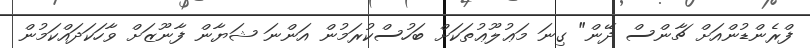
ފްރެންޑުންއަށް ޗާންސް ދޭން" ގިނަ މަޢުލޫޢުތަކަށް ބަހުސްކުރަމުން އަންނަ ޝަޔާން ފާނޫޒަށް ވާހަކަދައްކަމުން